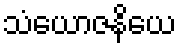
သံယောဇနိယေ